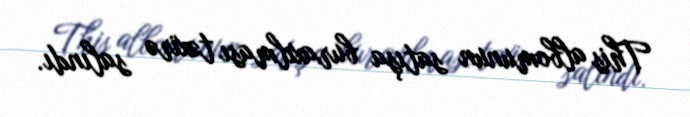
This albomunun satışa buraxılması təxirə salındı.